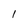
Character: 1